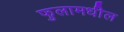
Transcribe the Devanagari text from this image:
फुलामधील